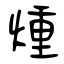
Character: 煄